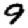
Digit: 9